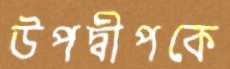
উপদ্বীপকে